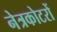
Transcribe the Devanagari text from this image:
नेत्रकोटरों